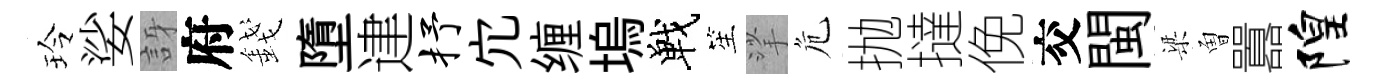
玲娑訝府錢墮䢖抒宂缠塢戰笙挲危抛撻俛交閩梁曽囂隍